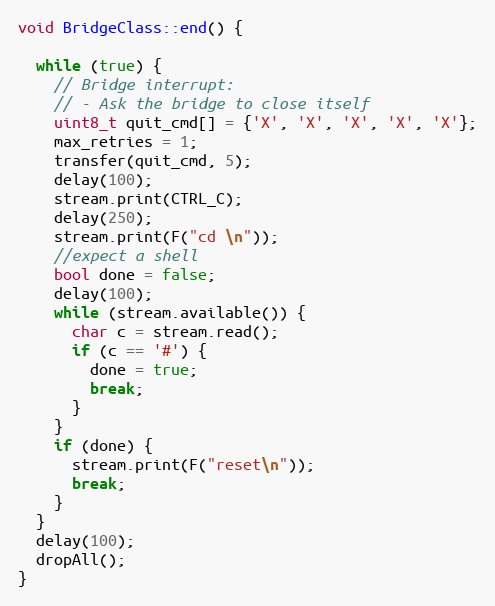
Language: C++
void BridgeClass::end() {

  while (true) {
    // Bridge interrupt:
    // - Ask the bridge to close itself
    uint8_t quit_cmd[] = {'X', 'X', 'X', 'X', 'X'};
    max_retries = 1;
    transfer(quit_cmd, 5);
    delay(100);
    stream.print(CTRL_C);
    delay(250);
    stream.print(F("cd \n"));
    //expect a shell
    bool done = false;
    delay(100);
    while (stream.available()) {
      char c = stream.read();
      if (c == '#') {
        done = true;
        break;
      }
    }
    if (done) {
      stream.print(F("reset\n"));
      break;
    }
  }
  delay(100);
  dropAll();
}